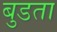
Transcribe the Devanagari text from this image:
बुडता